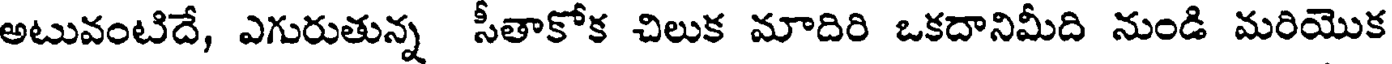
అటువంటిదే, ఎగురుతున్న సీతాకోక చిలుక మాదిరి ఒకదానిమీది నుండి మరియొక